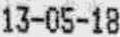
13-05-18